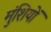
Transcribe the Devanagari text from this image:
मुंशियों